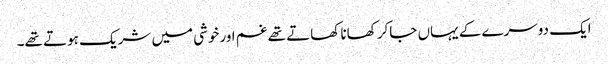
ایک دوسرے کے یہاں جاکر کھانا کھاتے تھے غم اورخوشی میں شریک ہوتے تھے۔